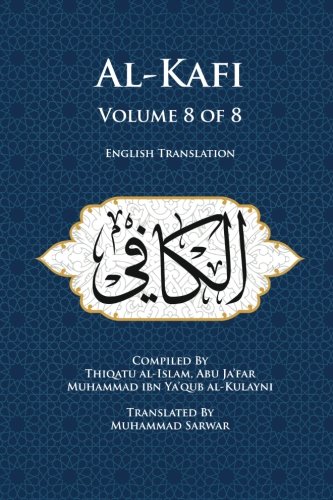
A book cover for Al-Kafi, Volume 8 of 8: English Translation; Thiqatu al-Islam Abu Ja'far Muhammad ibn Ya'qub al-Kulayni; Religion & Spirituality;